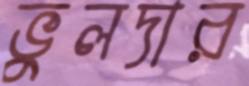
ভুলদার